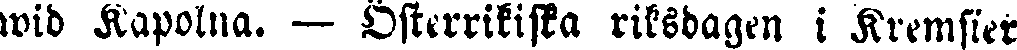
wid Kapolna. — Österrikiska riksdagen i Kremsier